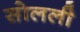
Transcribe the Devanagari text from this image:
सोलली